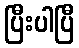
ပြီးပါပြီ